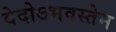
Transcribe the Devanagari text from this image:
वेदोऽभवस्तेन